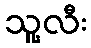
သူ့လီး